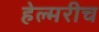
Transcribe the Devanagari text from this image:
हेल्मरीच